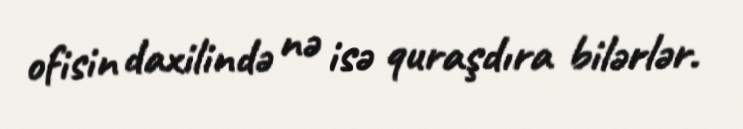
ofisin daxilində nə isə quraşdıra bilərlər.